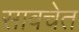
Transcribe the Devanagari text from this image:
सावचेत